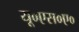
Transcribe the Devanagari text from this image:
यू०एस०ए०